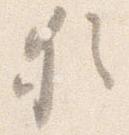
猶